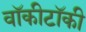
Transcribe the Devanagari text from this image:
वॉकीटॉकी